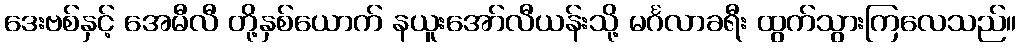
ဒေးဗစ်နှင့် အေမီလီ တို့နှစ်ယောက် နယူးအော်လီယန်းသို့ မင်္ဂလာခရီး ထွက်သွားကြလေသည်။